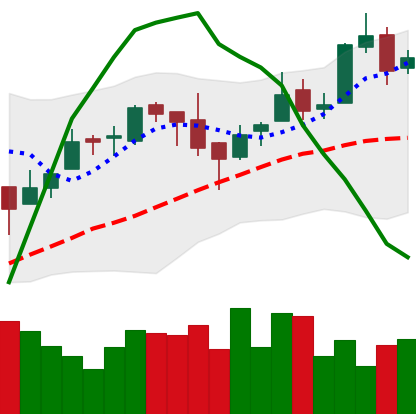
Ticker: BTC-USD
Chart end date: 2016-04-18
Forward return: 5.061%
Label: up_5_7